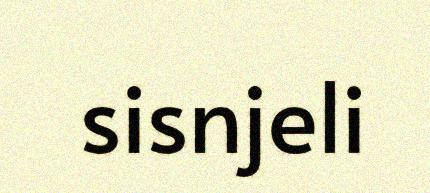
sisnjeli